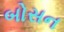
બોસન